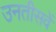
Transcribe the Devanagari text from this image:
उनतीसवें